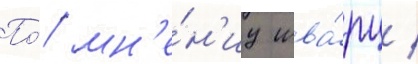
По́ мн'е́н'иу шва́рц /